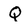
Character: Q